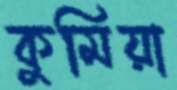
কুমিয়া